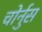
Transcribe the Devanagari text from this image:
चोर्नुस